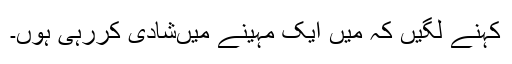
کہنے لگیں کہ میں ایک مہینے میں‌شادی کررہی ہوں۔